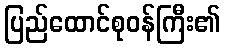
ပြည်ထောင်စုဝန်ကြီး၏